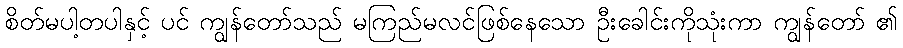
စိတ်မပါ့တပါနှင့် ပင် ကျွန်တော်သည် မကြည်မလင်ဖြစ်နေသော ဦးခေါင်းကိုသုံးကာ ကျွန်တော် ၏